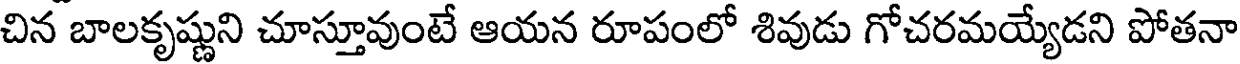
చిన బాలకృష్ణుని చూస్తూవుంటే ఆయన రూపంలో శివుడు గోచరమయ్యేడని పోతనా